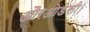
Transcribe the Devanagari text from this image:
औरओडेसी।